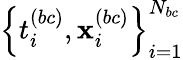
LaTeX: \left\{ {t}_{i}^{(bc)},{\mathbf x}_{i}^{(bc)}\right\} _{i=1}^{N_{bc}}